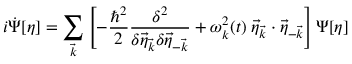
i \dot { \Psi } [ \eta ] = \sum _ { \vec { k } } \left[ - \frac { \hbar ^ { 2 } } { 2 } \frac { \delta ^ { 2 } } { \delta \vec { \eta } _ { \vec { k } } \delta \vec { \eta } _ { - \vec { k } } } + \omega _ { k } ^ { 2 } ( t ) \; \vec { \eta } _ { \vec { k } } \cdot \vec { \eta } _ { - \vec { k } } \right] \Psi [ \eta ]